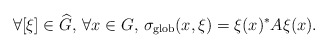
\begin{align*} \forall [\xi]\in \widehat{G},\,\forall x\in G,\, \sigma_{\textnormal{glob}}(x,\xi)=\xi(x)^*A\xi(x).\end{align*}